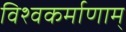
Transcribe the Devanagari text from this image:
विश्वकर्माणाम्